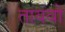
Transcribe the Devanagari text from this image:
तायवो